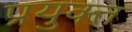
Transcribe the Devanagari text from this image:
प्रयुक्त्त